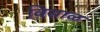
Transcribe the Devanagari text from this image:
विसाळ